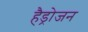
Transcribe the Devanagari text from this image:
हैड्रोजन